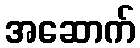
အဆောက်